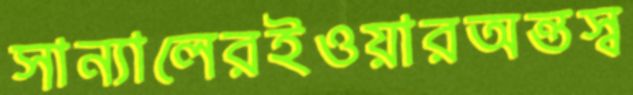
সান্যালেরইওয়ারঅন্তস্ব